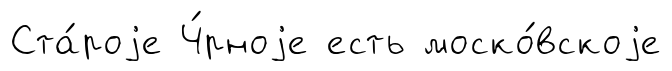
Ста́роjе Ч́рноjе есть моско́вскоjе